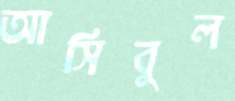
আসিবুল